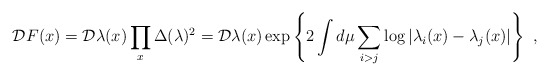
\begin{align*}{\cal D}F(x) = {\cal D}\lambda(x) \prod_{x} \Delta (\lambda)^2 ={\cal D}\lambda(x) \exp \left\{ 2 \int d\mu \sum_{i>j} \log |\lambda_i(x) - \lambda_j(x) | \right\}~,\end{align*}